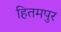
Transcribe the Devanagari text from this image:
हितमपुर